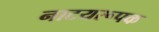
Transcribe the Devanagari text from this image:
नाटयरूपक